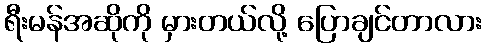
ရီးမန်အဆိုကို မှားတယ်လို့ ပြောချင်တာလား